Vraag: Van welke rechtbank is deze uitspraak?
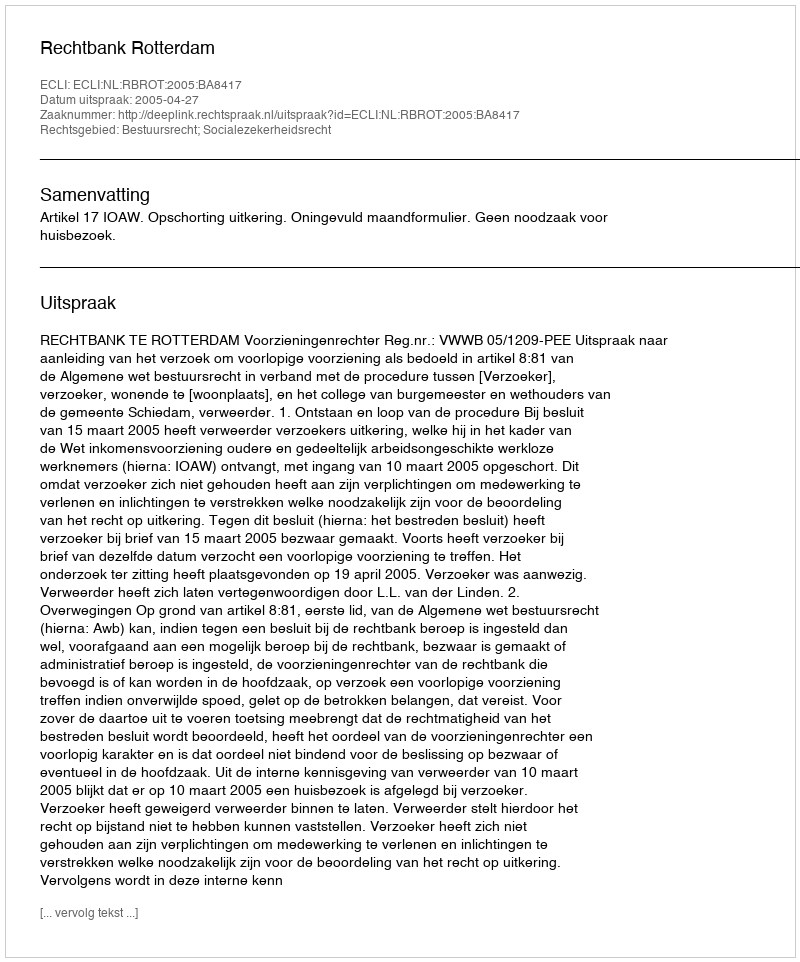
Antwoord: Rechtbank Rotterdam